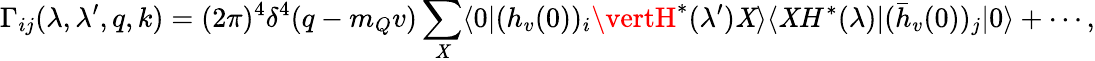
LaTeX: \Gamma_{ij}(\lambda,\lambda^{\prime},q,k)=(2\pi)^{4}\delta^{4}(q-m_{Q}v)\sum_{\mathit{X}}\langle0\vert(h_{v}(0))_{i}\vertH^{*}(\lambda^{\prime})\mathit{X}\rangle\langle\mathit{X}H^{*}(\lambda)\vert(\bar{{h}}_{v}(0))_{j}\vert0\rangle+\cdots,